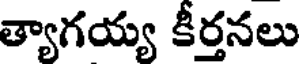
త్యాగయ్య కీర్తనలు